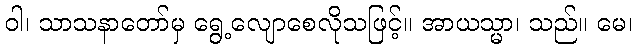
ဝါ၊ သာသနာတော်မှ ရွေ့လျောစေလိုသဖြင့်။ အာယသ္မာ၊ သည်။ မေ၊